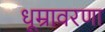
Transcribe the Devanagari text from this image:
धूम्रावरणा